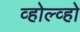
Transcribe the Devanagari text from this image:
व्होल्व्हो